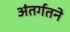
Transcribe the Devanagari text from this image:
अंतर्गतने